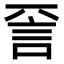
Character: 𬢝